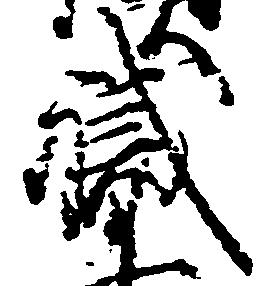
職